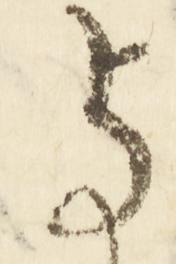
与